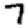
Digit: 7